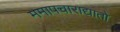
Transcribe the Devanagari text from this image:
ममापचाराद्यातो